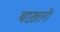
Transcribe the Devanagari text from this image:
बाख़्तरी